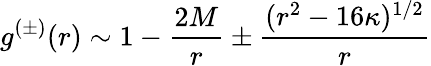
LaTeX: g^{(\pm)}(r)\sim 1-{\frac{2M}{r}}\pm{\frac{(r^{2}-16\kappa)^{1/2}}{r}}